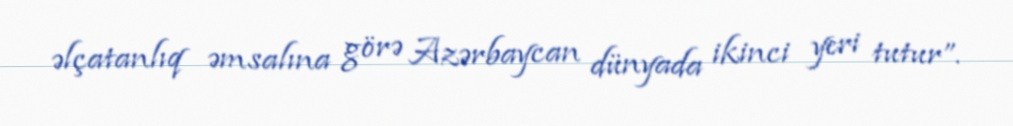
əlçatanlıq əmsalına görə Azərbaycan dünyada ikinci yeri tutur”.